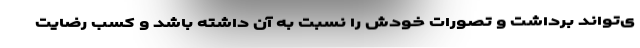
ی‌تواند برداشت و تصورات خودش را نسبت به آن داشته باشد و کسب رضایت